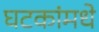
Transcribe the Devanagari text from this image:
घटकांमधे